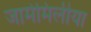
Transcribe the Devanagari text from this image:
जामेमिलीया